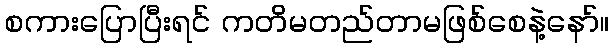
စကားပြောပြီးရင် ကတိမတည်တာမဖြစ်စေနဲ့နော်။